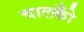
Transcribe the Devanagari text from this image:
चालकोँ